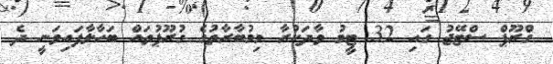
ގްރޫޕް ސްޓޭޖު ގައި 32 ޓީމު ވާދަކުރާ މިމުބާރާތުގެ ގުރޫޕުތައް ބަހާލާފައިވަނީ ދެ